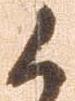
候